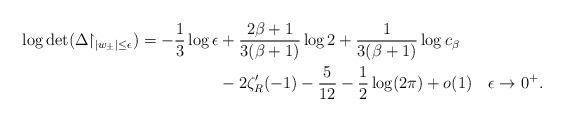
LaTeX: \begin{align*}\begin{aligned}\log\det (\Delta\!\!\restriction_{|w_\pm|\leq \epsilon})=-\frac 1 3\log\epsilon &+ \frac {2\beta+1}{3(\beta+1)} \log2 +\frac 1 {3(\beta+1)}\log c_\beta\\ &-2\zeta'_R(-1) -\frac 5 {12} -\frac 1 2 \log (2\pi) +o(1) \quad \epsilon\to 0^+. \end{aligned}\end{align*}